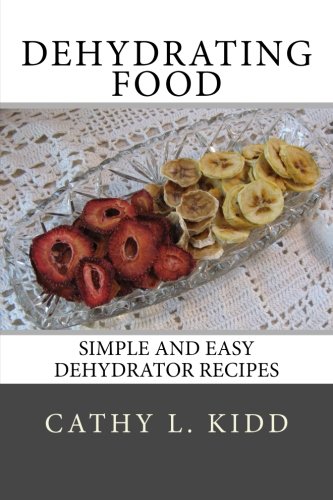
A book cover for Dehydrating Food: Simple and Easy Dehydrator Recipes; Cathy L. Kidd; Cookbooks, Food & Wine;